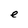
Character: e